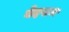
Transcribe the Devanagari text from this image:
वेदपान